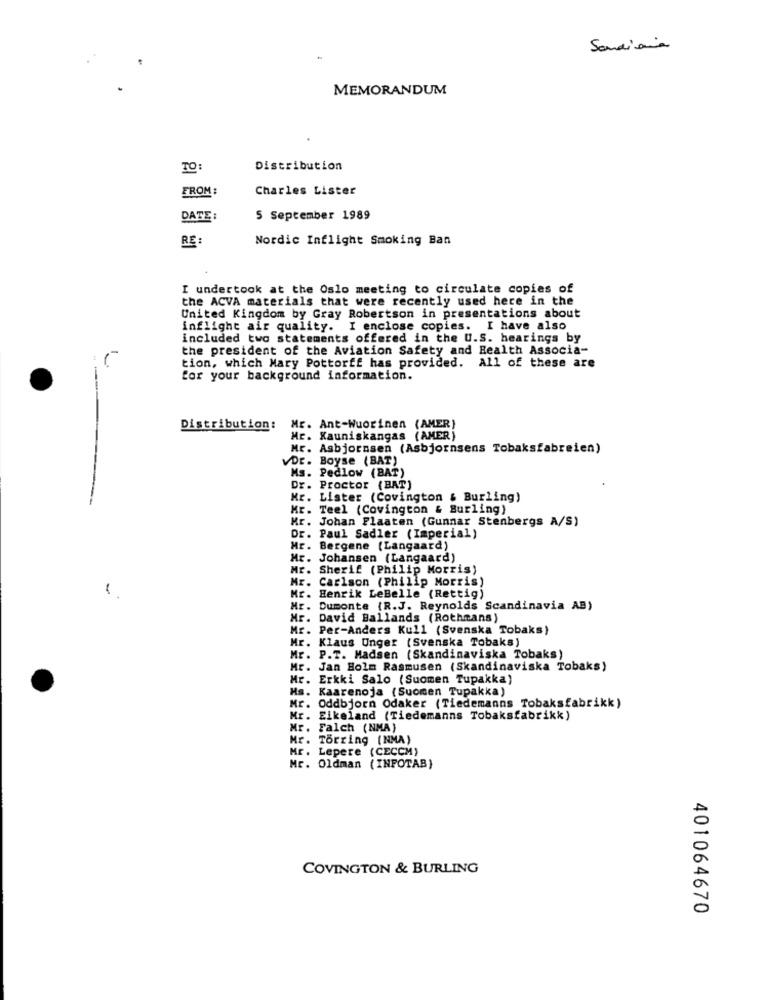
Sandiaria
MEMORANDUM
TO:
Distribution
FROM :
Charles Lister
DATE:
5 September 1989
RE :
Nordic Inflight Smoking Ban
I undertook at the Oslo meeting to circulate copies of
the ACVA materials that were recently used here in the
United Kingdom by Gray Robertson in presentations about
inflight air quality. I enclose copies. I have also
included two statements offered in the U.S. hearings by
the president of the Aviation Safety and Health Associa-
tion, which Mary Pottorff has provided. All of these are
for your background information.
Distribution: Mr. Ant-Wuorinen (AMER)
Mr. Kauniskangas (AMER)
Mr. Asbjornsen (Asbjornsens Tobaksfabreien)
VDr. Boyse ( BAT)
Ms. Pedlow (BAT)
Dr. Proctor (BAT)
Mr. Lister (Covington & Burling)
Mr. Teel (Covington & Burling)
Mr. Johan Plaaten (Gunnar Stenbergs A/S)
Dr. Paul Sadler (Imperial)
Mr. Bergene (Langaard)
Mr. Johansen (Langaard)
Mr. Sherif (Philip Morris)
Mr. Carlson (Philip Morris)
Mr. Henrik LeBelle (Rettig)
. Dumonte (R.J. Reynolds Scandinavia AB)
Mr. David Ballands (Rothmans)
. Per-Anders Kull (Svenska Tobaks)
Mr. Klaus Unger (Svenska Tobaks)
Mr. P.T. Madsen (Skandinaviska Tobaks)
Mr. Jan Holm Rasmusen (Skandinaviska Tobaks)
Mr. Erkki Salo (Suomen Tupakka)
Ms. Kaarenoja (Suomen Tupakka)
Mr. Oddbjorn Odaker (Tiedemanns Tobaksfabrikk)
Mr. Eikeland (Tiedemanns Tobaksfabrikk)
Mr. Falch (NMA)
Mr. Torring (NMA)
Mr. Lepere (CECCM)
Mr. Oldman (INFOTAB)
COVINGTON & BURLING
401064670